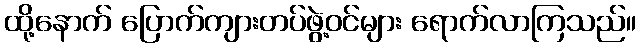
ထို့နောက် ပြောက်ကျားတပ်ဖွဲ့ဝင်များ ရောက်လာကြသည်။